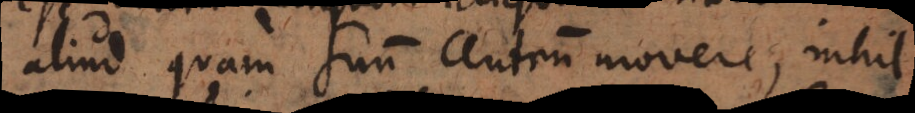
aliud quam suum centrum movere, nihil